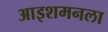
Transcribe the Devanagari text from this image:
आइशमनला